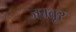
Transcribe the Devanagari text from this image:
जम्बूर